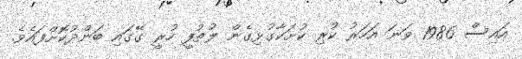
އައިސް 1986 ވަނަ އަހަރު ކުރި ކުށަކާގުޅިގެން ލުޠުފީ ހުރީ ގޭގައި ބަންދުކޮށްފައެވެ.